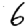
Digit: 6